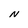
Character: N